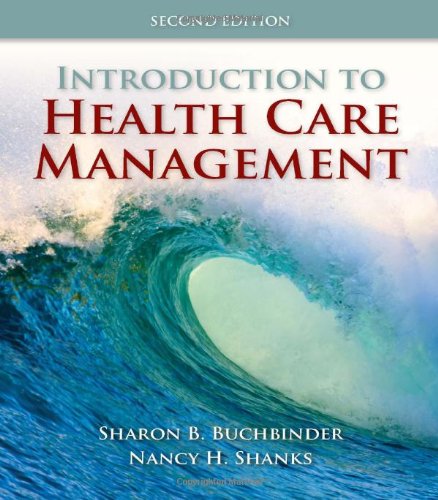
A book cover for Introduction To Health Care Management; Sharon B. Buchbinder; Medical Books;